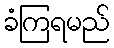
ခံကြရမည်